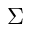
\Sigma